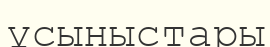
ұсыныстары